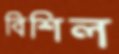
বিশিল